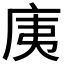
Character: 𭙚